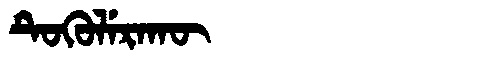
Manchu: ᡨᡠᡴᡠᠯᡝᡵᠠᡴᡡ
Romanization: TUKULERAKŪ